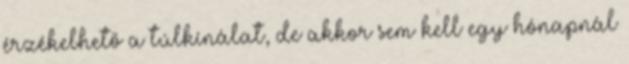
érzékelhető a túlkínálat, de akkor sem kell egy hónapnál